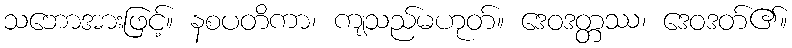
သဘောအားဖြင့်။ နစပတိကာ၊ ကျသည်မဟုတ်။ ဒေဝဒတ္တဿ၊ ဒေဝဒတ်၏။